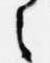
之